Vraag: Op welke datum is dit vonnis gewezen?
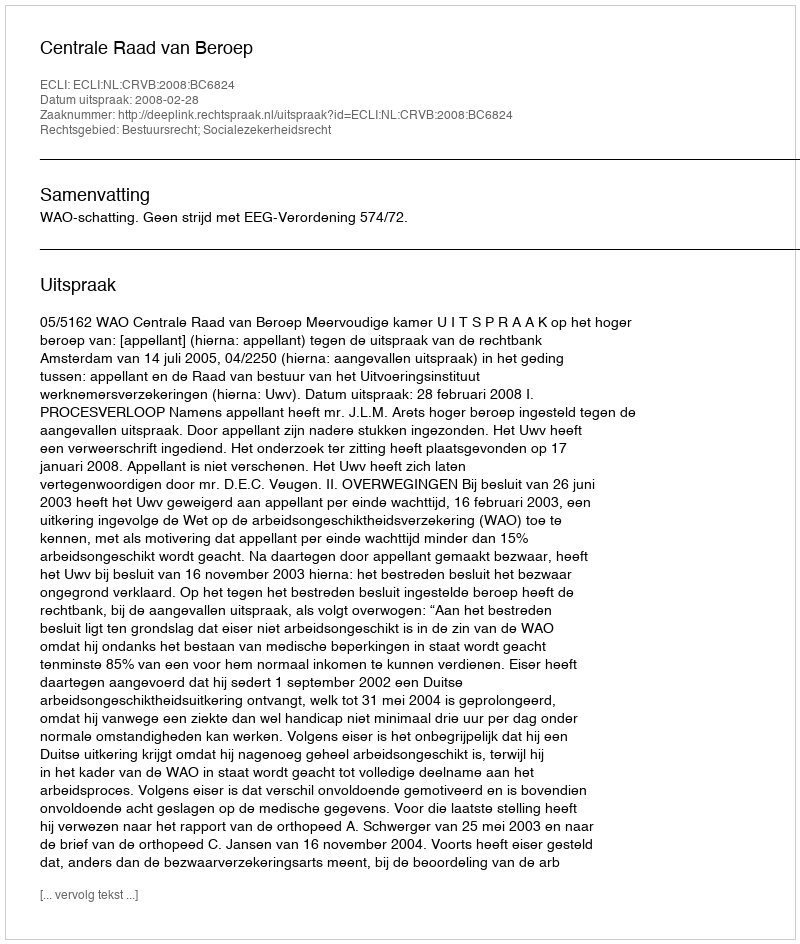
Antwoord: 2008-02-28